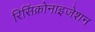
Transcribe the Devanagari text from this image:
रिसिंक्रोनाइजेशन